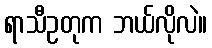
ရာသီဥတုက ဘယ်လိုလဲ။